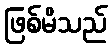
ဖြစ်မိသည်